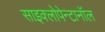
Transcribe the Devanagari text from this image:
साइक्लोपेन्टानॉल